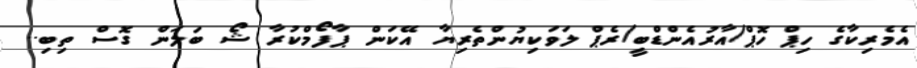
އެމެރިކާގެ ހިޕް ހޮޕް/އާރުއެންޑްބީ/ރެޕް ލަވަކިޔުންތެރިޔާ އޭކަން ޕާފޯމްކުރާ ޝޯ ބަލަން ގޮސް ތިބި..